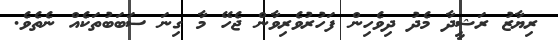
ރިޔާޒު ރަޝީދާ މެދު ދިވެހިން ފަހުރުވެރިވާން ޖެހޭ މާ ގިނަ ސަބަބުތަކެއް ނެތެވެ.